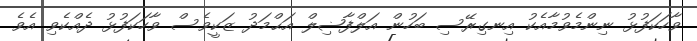
ވާހަކަފުޅު ނިންމެވުމާއެކު އިނގިރޭސި ބަހުން އަލްފާޟިލް އަޙްމަދު ޒަކީވެސް ވާހަކަފުޅު ދެއްކެވި އެވެ